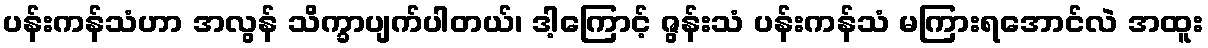
ပန်းကန်သံဟာ အလွန် သိက္ခာပျက်ပါတယ်၊ ဒါ့ကြောင့် ဇွန်းသံ ပန်းကန်သံ မကြားရအောင်လဲ အထူး